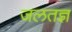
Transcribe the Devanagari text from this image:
जलतज्ञ